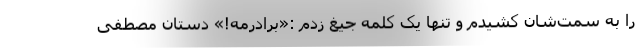
را به سمت‌شان کشیدم و تنها یک کلمه جیغ زدم :«برادرمه!» دستان مصطفی